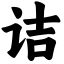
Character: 诘